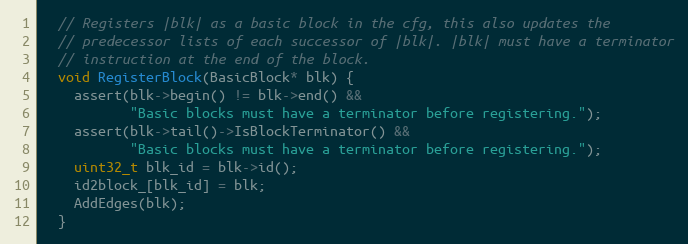
Language: C
  // Registers |blk| as a basic block in the cfg, this also updates the
  // predecessor lists of each successor of |blk|. |blk| must have a terminator
  // instruction at the end of the block.
  void RegisterBlock(BasicBlock* blk) {
    assert(blk->begin() != blk->end() &&
           "Basic blocks must have a terminator before registering.");
    assert(blk->tail()->IsBlockTerminator() &&
           "Basic blocks must have a terminator before registering.");
    uint32_t blk_id = blk->id();
    id2block_[blk_id] = blk;
    AddEdges(blk);
  }